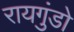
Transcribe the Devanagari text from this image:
रायगुंडो